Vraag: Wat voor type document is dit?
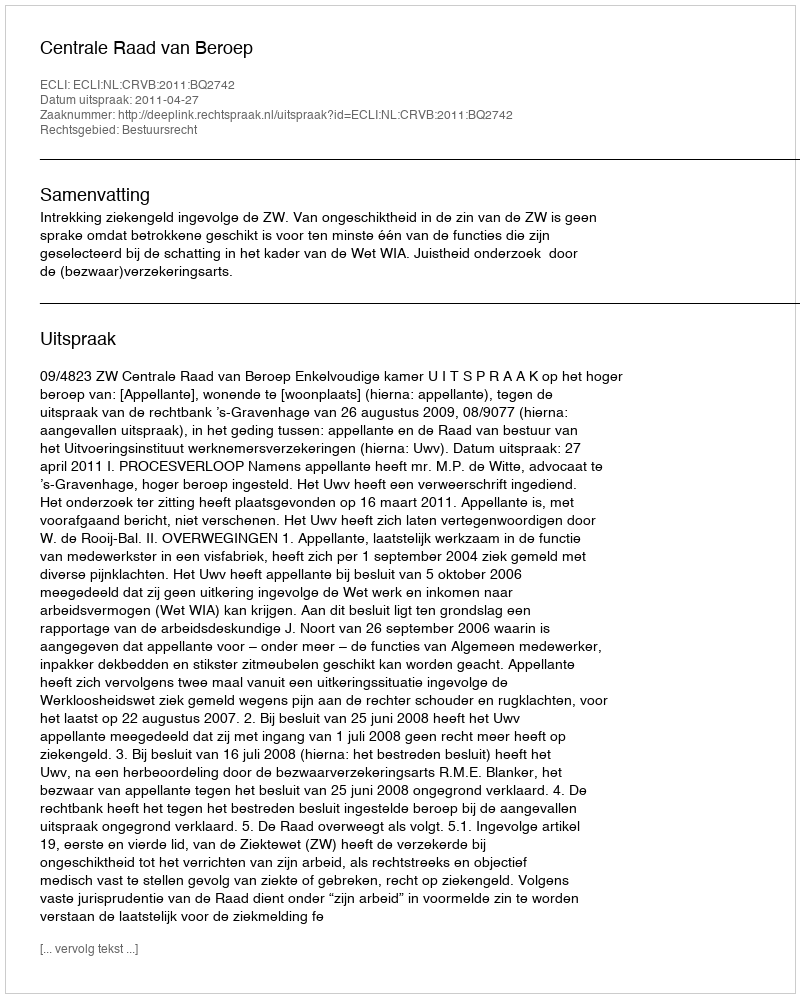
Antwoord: Uitspraak